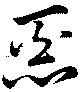
悪